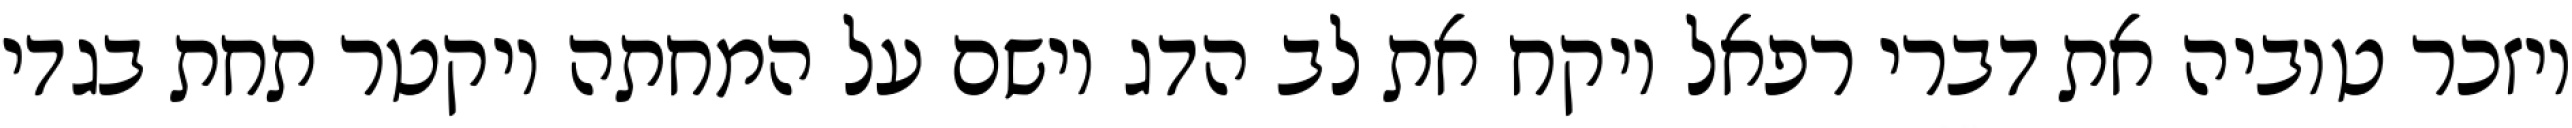
ויזכר טוביה את דברי רפאל ויקח את לב הדג וישם על המחתה ויקטר תחת בגדי